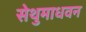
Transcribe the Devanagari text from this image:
सेथुमाधवन